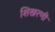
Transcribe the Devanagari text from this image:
शिखरणी